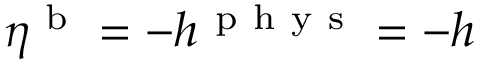
\eta ^ { \mathrm { ~ b ~ } } = - h ^ { \mathrm { ~ p ~ h ~ y ~ s ~ } } = - h